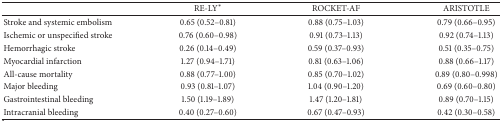
<table><thead><tr><td><b> </b></td><td><b> RE-LY∗</b></td><td><b> ROCKET-AF</b></td><td><b> ARISTOTLE</b></td></tr></thead><tbody><tr><td>Stroke and systemic embolism</td><td>0.65 (0.52–0.81)</td><td>0.88 (0.75–1.03)</td><td>0.79 (0.66–0.95)</td></tr><tr><td>Ischemic or unspecified stroke</td><td>0.76 (0.60–0.98)</td><td>0.91 (0.73–1.13)</td><td>0.92 (0.74–1.13)</td></tr><tr><td>Hemorrhagic stroke</td><td>0.26 (0.14–0.49)</td><td>0.59 (0.37–0.93)</td><td>0.51 (0.35–0.75)</td></tr><tr><td>Myocardial infarction</td><td>1.27 (0.94–1.71)</td><td>0.81 (0.63–1.06)</td><td>0.88 (0.66–1.17)</td></tr><tr><td>All-cause mortality</td><td>0.88 (0.77–1.00)</td><td>0.85 (0.70–1.02)</td><td>0.89 (0.80–0.998)</td></tr><tr><td>Major bleeding</td><td>0.93 (0.81–1.07)</td><td>1.04 (0.90–1.20)</td><td>0.69 (0.60–0.80)</td></tr><tr><td>Gastrointestinal bleeding</td><td>1.50 (1.19–1.89)</td><td>1.47 (1.20–1.81)</td><td>0.89 (0.70–1.15)</td></tr><tr><td>Intracranial bleeding</td><td>0.40 (0.27–0.60)</td><td>0.67 (0.47–0.93)</td><td>0.42 (0.30–0.58)</td></tr></tbody></table>